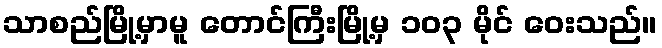
သာစည်မြို့မှာမူ တောင်ကြီးမြို့မှ ၁၀၃ မိုင် ဝေးသည်။